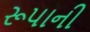
રૂપાની